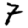
Digit: 7